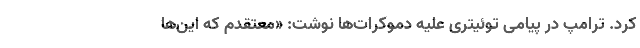
کرد. ترامپ در پیامی توئیتری علیه دموکرات‌ها نوشت: «معتقدم که این‌ها